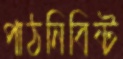
পাঠনিবিষ্ট